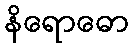
နိရောဓော